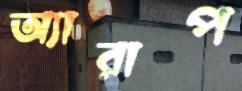
অ্যারাপ